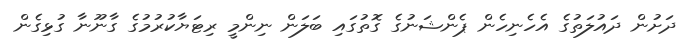
ދަށުން ދައުލަތުގެ އެހެނިހެން ޕެންޝަނުގެ ގޮތުގައި ބަލަން ނިންމީ ރިޓަޔާކުރުމުގެ ގާނޫނާ ގުޅިގެން